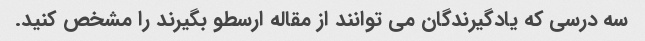
سه درسی که یادگیرندگان می توانند از مقاله ارسطو بگیرند را مشخص کنید.